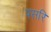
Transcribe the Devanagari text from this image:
पसरि